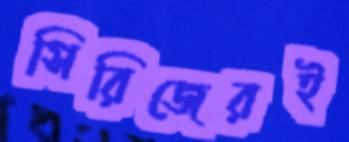
সিরিজেরই